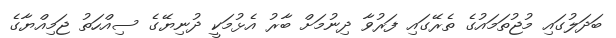
ބަދަލުގައި މުޖުތަމައުގެ ތެރޭގައި ފަރުވާ ދިނުމަށް ބާރު އެޅުމަކީ ދުނިޔޭގެ ސިއްހަތު ޖަމިއްޔާގެ